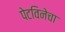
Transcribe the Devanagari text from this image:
पेटविनेचा